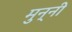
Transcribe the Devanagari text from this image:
मुन्‍नी